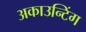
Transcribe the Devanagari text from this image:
अकाउन्टिंग